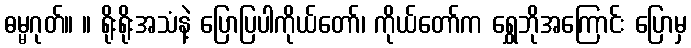
ဓမ္မဂုတ်။ ။ ရိုးရိုးအသံနဲ့ ပြောပြပါကိုယ်တော်၊ ကိုယ်တော်က ရွှေဘိုအကြောင်း ပြောမှ